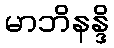
မာဘိနန္ဒိ